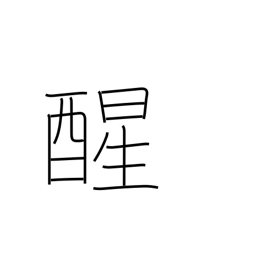
Meaning: awake